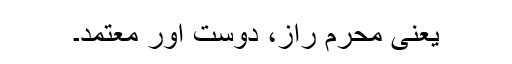
یعنی محرم راز، دوست اور معتمد۔